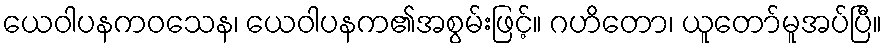
ယေဝါပနကဝသေန၊ ယေဝါပနက၏အစွမ်းဖြင့်။ ဂဟိတော၊ ယူတော်မူအပ်ပြီ။